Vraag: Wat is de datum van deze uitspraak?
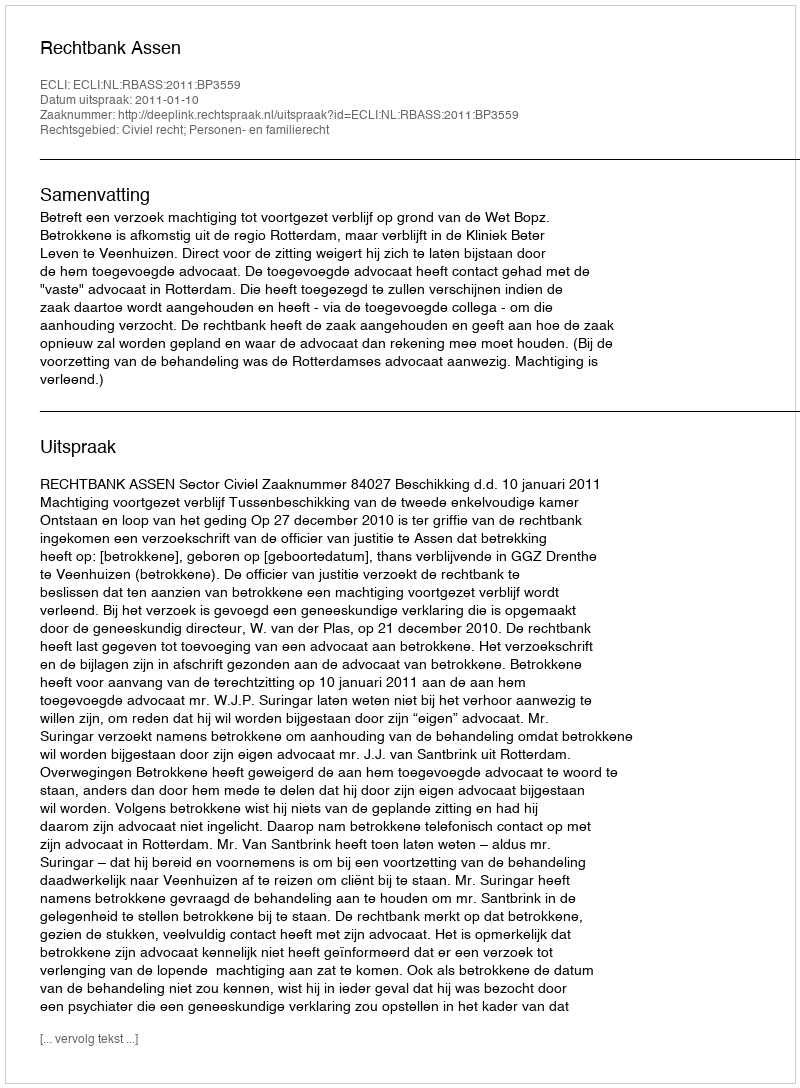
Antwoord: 2011-01-10